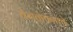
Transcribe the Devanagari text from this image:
वेगळेपणाचे